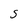
Character: S